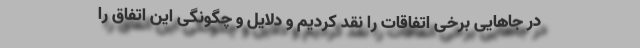
در جاهایی برخی اتفاقات را نقد کردیم و دلایل و چگونگی این اتفاق را